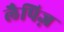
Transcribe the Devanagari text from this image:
लैपिज़